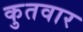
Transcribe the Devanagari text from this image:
कुतवार